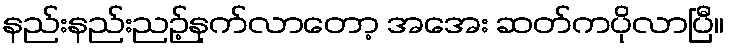
နည်းနည်းညဉ့်နက်လာတော့ အအေး ဆတ်ကပိုလာပြီ။